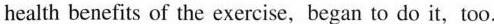
health benefits of the exercise,began to do it，too.